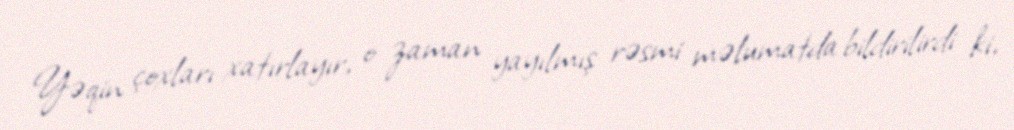
Yəqin çoxları xatırlayır, o zaman yayılmış rəsmi məlumatda bildirilirdi ki,